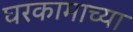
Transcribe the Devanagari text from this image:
घरकामाच्या